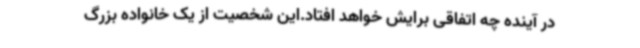
در آینده چه اتفاقی برایش خواهد افتاد.این شخصیت از یک خانواده بزرگ